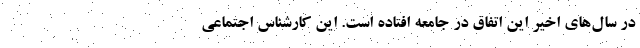
در سال‌های اخیر این اتفاق در جامعه افتاده است. این کارشناس اجتماعی